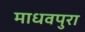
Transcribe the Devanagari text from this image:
माधवपुरा